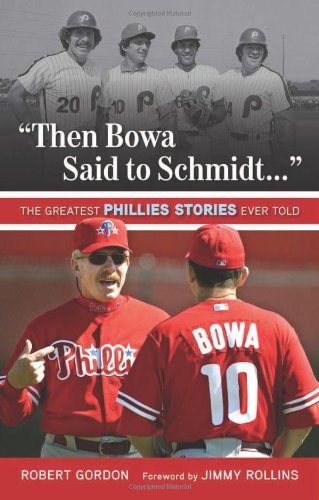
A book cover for "Then Bowa Said to Schmidt. . .": The Greatest Phillies Stories Ever Told (Best Sports Stories Ever Told); Robert Gordon; Travel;